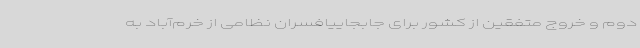
دوم و خروج متفقین از کشور برای جابجاییافسران نظامی از خرم‌آباد به